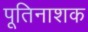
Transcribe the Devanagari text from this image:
पूतिनाशक